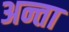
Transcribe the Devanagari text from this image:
अन्ता